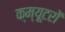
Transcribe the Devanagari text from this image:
क्म्यूटरों